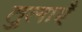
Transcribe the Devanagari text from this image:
तुलाएँ